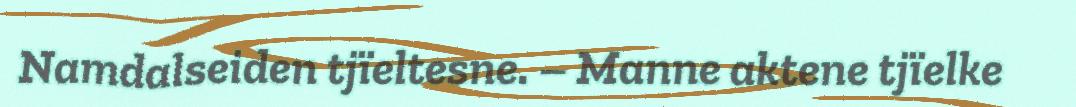
Namdalseiden tjïeltesne. – Manne aktene tjïelke